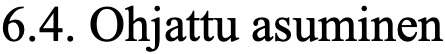
6.4. Ohjattu asuminen